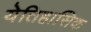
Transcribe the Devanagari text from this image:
येतिहासिक